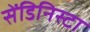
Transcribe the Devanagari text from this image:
सेंडिनिस्टा